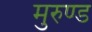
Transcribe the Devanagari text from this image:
मुरुण्ड